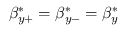
\beta _ { y + } ^ { * } = \beta _ { y - } ^ { * } = \beta _ { y } ^ { * }